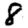
Digit: 8